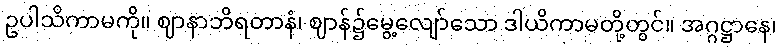
ဥပါသိကာမကို။ ဈာနာဘိရတာနံ၊ ဈာန်၌မွေ့လျော်သော ဒါယိကာမတို့တွင်။ အဂ္ဂဋ္ဌာနေ၊